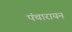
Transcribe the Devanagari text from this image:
पंचारायन